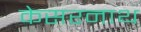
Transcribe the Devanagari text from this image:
केसरनाथ